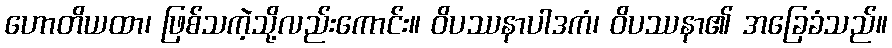
ဟောတိယထာ၊ ဖြစ်သကဲ့သို့လည်းကောင်း။ ဝိပဿနာပါဒကံ၊ ဝိပဿနာ၏ အခြေခံသည်။